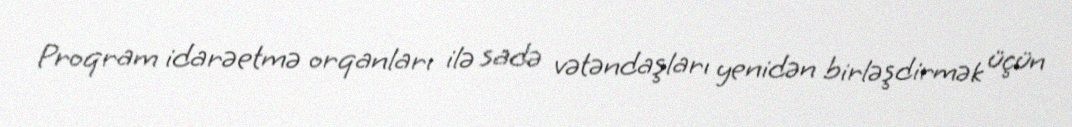
Proqram idarəetmə orqanları ilə sadə vətəndaşları yenidən birləşdirmək üçün